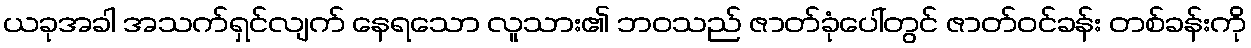
ယခုအခါ အသက်ရှင်လျက် နေရသော လူသား၏ ဘဝသည် ဇာတ်ခုံပေါ်တွင် ဇာတ်ဝင်ခန်း တစ်ခန်းကို